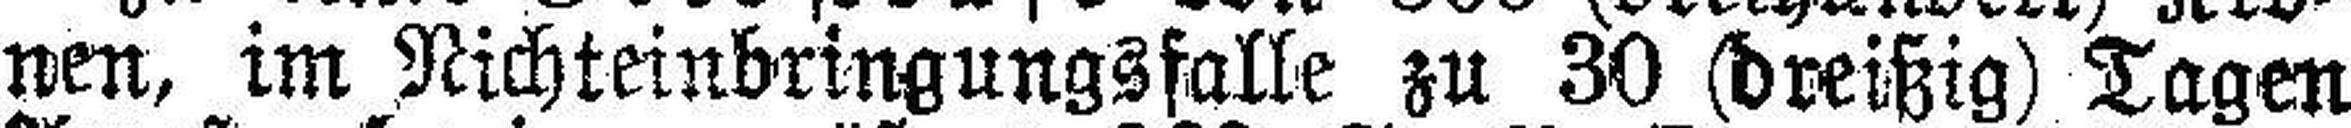
nen, im Nichteinbringungsfalle zu 30 (dreißig) Tagen